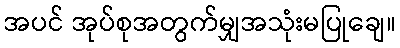
အပင် အုပ်စုအတွက်မျှအသုံးမပြုချေ။